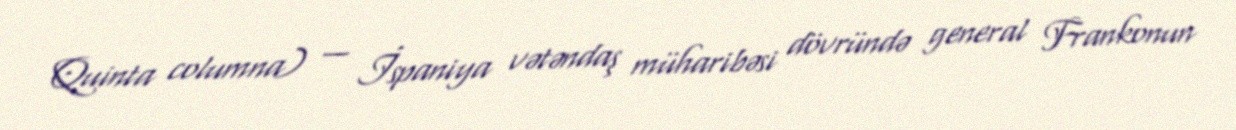
Quinta columna) — İspaniya vətəndaş müharibəsi dövründə general Frankonun